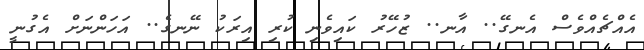
އެއްޗެއްވެސް އެނގޭ.. އާނ.. ޒުހޭރު ކައިވެނި ކުރި އިރަކު ނޭނގެ.. އަހަންނަށް އެގުނީ